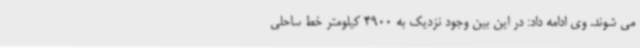
می شوند. وی ادامه داد: در این بین وجود نزدیک به 4900 کیلومتر خط ساحلی